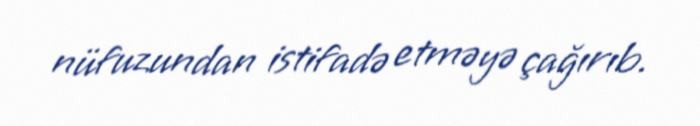
nüfuzundan istifadə etməyə çağırıb.